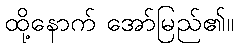
ထို့နောက် အော်မြည်၏။